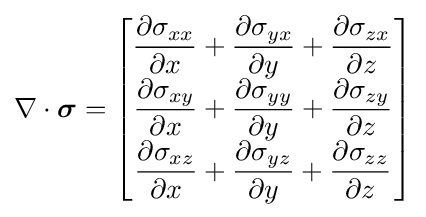
\nabla \cdot {\boldsymbol {\sigma }}={\begin{bmatrix}{\dfrac {\partial \sigma _{xx}}{\partial x}}+{\dfrac {\partial \sigma _{yx}}{\partial y}}+{\dfrac {\partial \sigma _{zx}}{\partial z}}\\{\dfrac {\partial \sigma _{xy}}{\partial x}}+{\dfrac {\partial \sigma _{yy}}{\partial y}}+{\dfrac {\partial \sigma _{zy}}{\partial z}}\\{\dfrac {\partial \sigma _{xz}}{\partial x}}+{\dfrac {\partial \sigma _{yz}}{\partial y}}+{\dfrac {\partial \sigma _{zz}}{\partial z}}\\\end{bmatrix}}